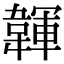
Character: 韗